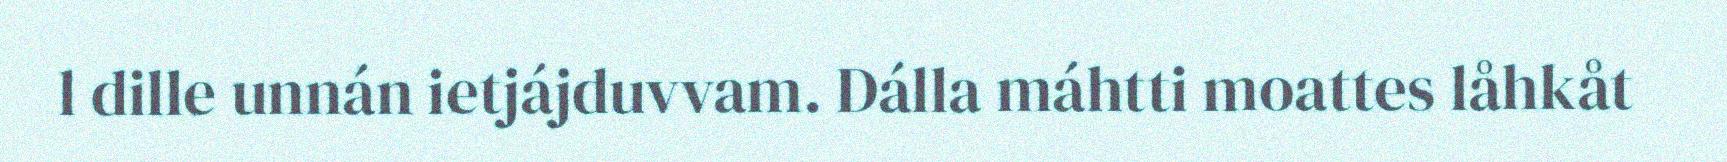
l dille unnán ietjájduvvam. Dálla máhtti moattes låhkåt